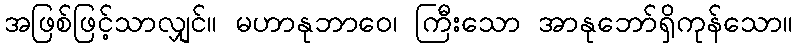
အဖြစ်ဖြင့်သာလျှင်။ မဟာနုဘာဝေ၊ ကြီးသော အာနုဘော်ရှိကုန်သော။